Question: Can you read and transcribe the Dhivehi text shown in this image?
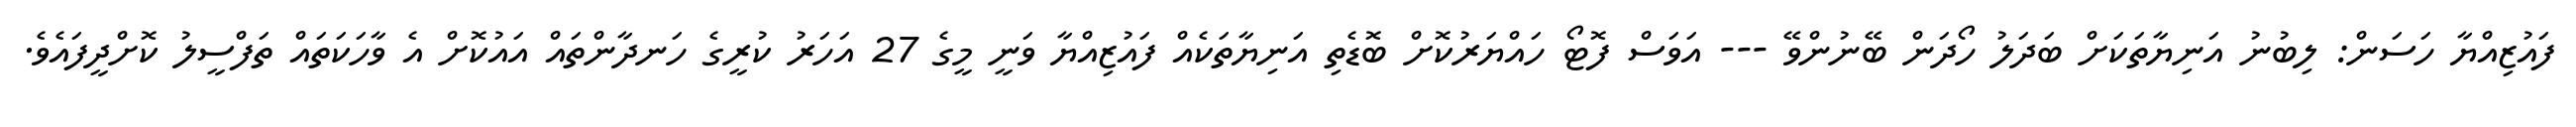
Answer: ފައުޒިއްޔާ ހަސަން: ލިބުނު އަނިޔާތަކަށް ބަދަލު ހޯދަން ބޭނުންވޭ --- އަވަސް ފޮޓޯ ހައްޔަރުކޮށް ބޮޑެތި އަނިޔާތަކެއް ފައުޒިއްޔާ ވަނީ މީގެ 27 އަހަރު ކުރީގެ ހަނދާންތައް އައުކޮށް އެ ވާހަކަތައް ތަފްސީލު ކޮށްދީފައެވެ.